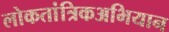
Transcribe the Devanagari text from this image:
लोकतांत्रिकअभियान